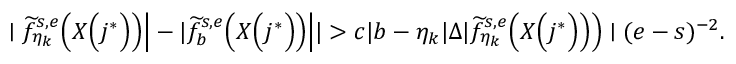
\Big . \Big . \Big . \mid \widetilde { f } _ { \eta _ { k } } ^ { s , e } \Big ( X \Big ( j ^ { * } \Big ) \Big ) \Big | - | \widetilde { f } _ { b } ^ { s , e } \Big ( X \Big ( j ^ { * } \Big ) \Big ) \Big | | > c | b - \eta _ { k } | \Delta | \widetilde { f } _ { \eta _ { k } } ^ { s , e } \Big ( X \Big ( j ^ { * } \Big ) \Big ) \Big ) \mid ( e - s ) ^ { - 2 } .